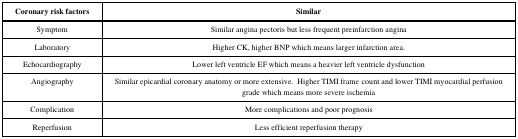
<table><thead><tr><td><b>Coronary risk factors</b></td><td><b>Similar</b></td></tr></thead><tbody><tr><td>Symptom</td><td>Similar angina pectoris but less frequent preinfarction angina</td></tr><tr><td>Laboratory</td><td>Higher CK, higher BNP which means larger infarction area.</td></tr><tr><td>Echocardiography</td><td>Lower left ventricle EF which means a heavier left ventricle dysfunction</td></tr><tr><td>Angiography</td><td>Similar epicardial coronary anatomy or more extensive.Higher TIMI frame count and lower TIMI myocardial perfusion grade which means more severe ischemia</td></tr><tr><td>Complication</td><td>More complications and poor prognosis</td></tr><tr><td>Reperfusion</td><td>Less efficient reperfusion therapy</td></tr></tbody></table>